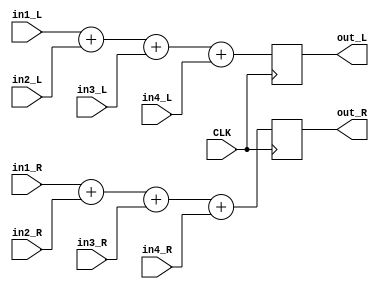
module ADD4in1#
	(
	parameter BIT=24
	)(
		CLK,
		in1_L,
		in1_R,
		in2_L,
		in2_R,
		in3_L,
		in3_R,
		in4_L,
		in4_R,
		out_L,
		out_R
	);

	input CLK;
	input signed [BIT-1:0] in1_L, in1_R, in2_L, in2_R, in3_L, in3_R, in4_L, in4_R;
	output signed [BIT-1:0] out_L, out_R;

	reg signed [BIT-1:0] out_L, out_R;

	always @(posedge CLK) begin
		out_L <= $signed(in1_L) + $signed(in2_L) + $signed(in3_L) + $signed(in4_L);
		out_R <= $signed(in1_R) + $signed(in2_R) + $signed(in3_R) + $signed(in4_R);
	end
endmodule